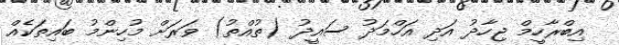
އިބްރާހީމް ޖިހާދު އަދި އަހްމަދު ސައީދު (ތުއްތު) ވަރަށް މުހިންމު ބައިތަކެއް